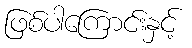
ဖြစ်ပါကြောင်းနှင့်